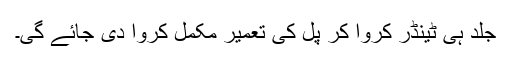
جلد ہی ٹینڈر کروا کر پل کی تعمیر مکمل کروا دی جائے گی۔